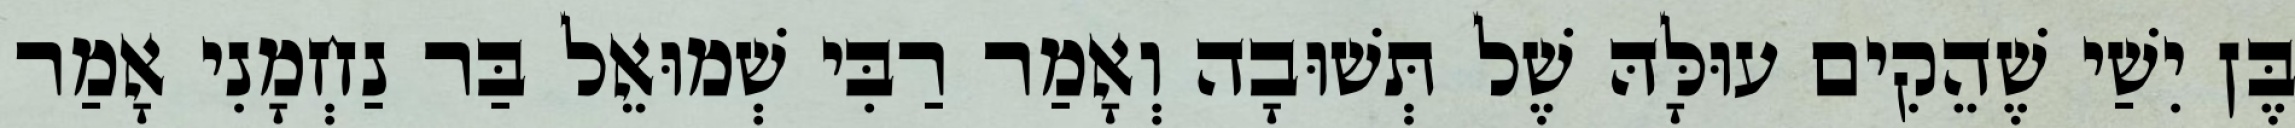
בֶּן יִשַׁי שֶׁהֵקִים עוּלָּהּ שֶׁל תְּשׁוּבָה וְאָמַר רַבִּי שְׁמוּאֵל בַּר נַחְמָנִי אָמַר